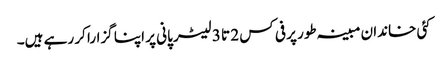
کئی خاندان مبینہ طور پر فی کس 2 تا 3 لیٹر پانی پر اپنا گزارا کر رہے ہیں۔